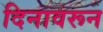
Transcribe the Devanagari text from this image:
दिनावरून